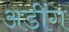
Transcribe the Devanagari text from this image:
अडींग